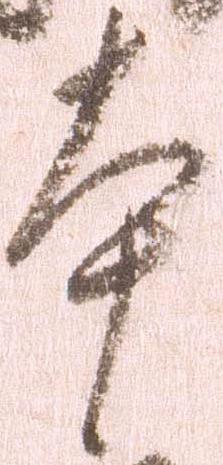
本